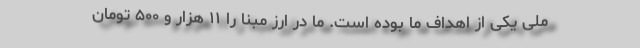
ملی یکی از اهداف ما بوده است. ما در ارز مبنا را ۱۱ هزار و ۵۰۰ تومان